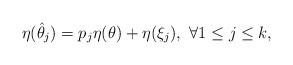
LaTeX: \begin{align*}{\eta}(\hat{\theta}_{j})=p_{j}{\eta}(\theta)+{\eta}(\xi_{j}),\ \forall 1\leq j\leq k,\end{align*}